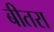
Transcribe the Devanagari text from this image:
बीतरा